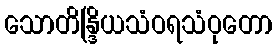
သောတိန္ဒြိယသံဝရသံဝုတော